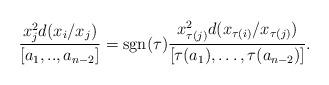
LaTeX: \begin{align*}\frac{x_j^2 d(x_i/x_j)}{[a_1,..,a_{n-2}]}=\mathrm{sgn}(\tau)\frac{x_{\tau(j)}^2 d(x_{\tau(i)}/x_{\tau (j)}) }{[\tau(a_1),\ldots,\tau(a_{n-2})]}.\end{align*}